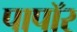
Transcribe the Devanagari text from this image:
पापॉर